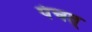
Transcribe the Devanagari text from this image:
पंचत्‌